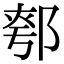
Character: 𨜆